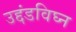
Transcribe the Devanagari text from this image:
उद्दंडविघ्न